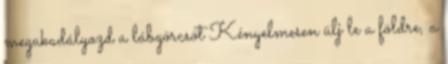
megakadályozd a lábgörcsöt Kényelmesen ülj le a földre, a